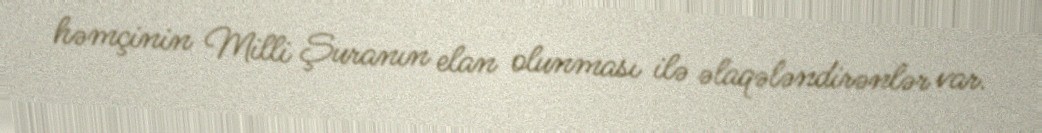
həmçinin Milli Şuranın elan olunması ilə əlaqələndirənlər var.